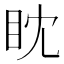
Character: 眈